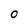
Character: o